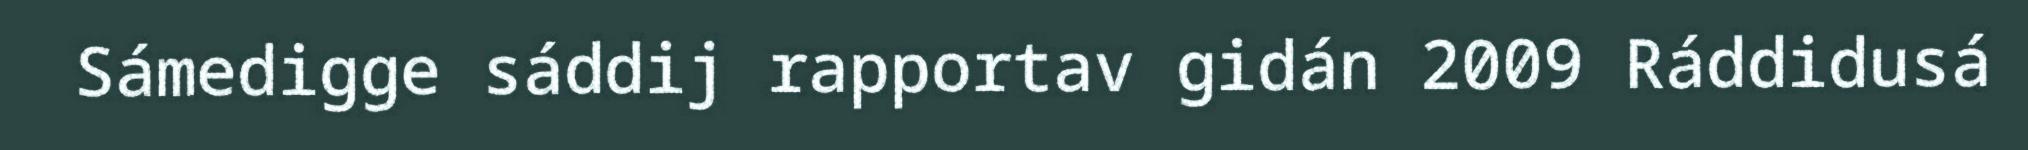
Sámedigge sáddij rapportav gidán 2009 Ráddidusá